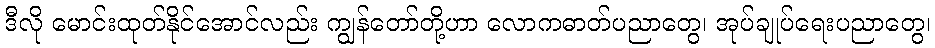
ဒီလို မောင်းထုတ်နိုင်အောင်လည်း ကျွန်တော်တို့ဟာ လောကဓာတ်ပညာတွေ၊ အုပ်ချုပ်ရေးပညာတွေ၊